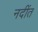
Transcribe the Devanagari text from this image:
नदींत